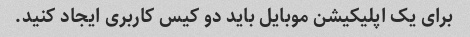
برای یک اپلیکیشن موبایل باید دو کیس کاربری ایجاد کنید.